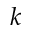
k